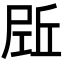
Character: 𡲌